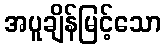
အပူချိန်မြင့်သော